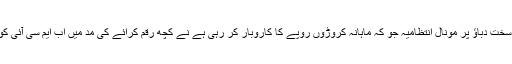
ذرائع بتاتے ہیں کہ ایم سی آئی کی جانب سے سخت دباؤ پر مونال انتظامیہ جو کہ ماہانہ کروڑوں روپے کا کاروبار کر رہی ہے نے کچھ رقم کرائے کی مد میں اب ایم سی آئی کو بھی کچھ شرائط کے ساتھ جمع کروا دی ہے۔